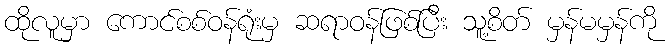
ထိုလူမှာ ကောင်စစ်ဝန်ရုံးမှ ဆရာဝန်ဖြစ်ပြီး သူ့စိတ် မှန်မမှန်ကို